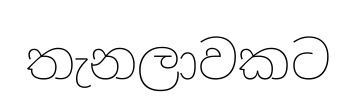
තැනලාවකට